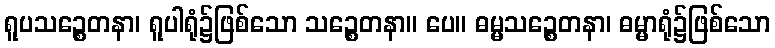
ရူပသဉ္စေတနာ၊ ရူပါရုံ၌ဖြစ်သော သဉ္စေတနာ။ ပေ။ ဓမ္မသဉ္စေတနာ၊ ဓမ္မာရုံ၌ဖြစ်သော